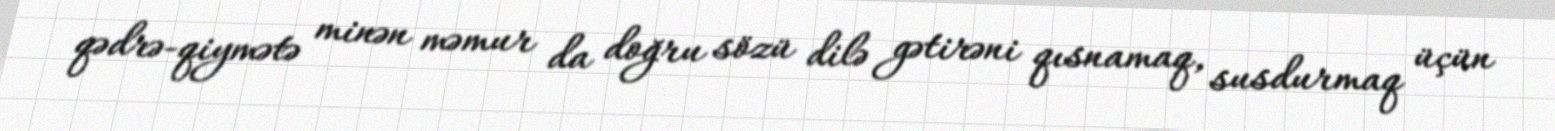
qədrə-qiymətə minən məmur da doğru sözü dilə gətirəni qısnamaq, susdurmaq üçün